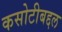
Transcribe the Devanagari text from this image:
कसोटीबद्दल